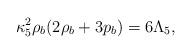
LaTeX: \begin{align*}\kappa^2_5\rho_b(2\rho_b+3p_b)=6\Lambda_5,\end{align*}